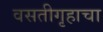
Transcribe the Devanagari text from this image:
वसतीगृहाचा